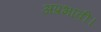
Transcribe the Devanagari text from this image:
अप्रभावी।